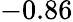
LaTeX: -0.86